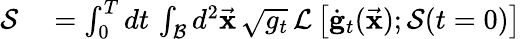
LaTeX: \begin{array}{rl}{\mathcal{S}}&{{}=\int_{0}^{T}dt\, \int_{\mathcal{B}}d^{2}\vec{\mathbf x}\, \sqrt{g_{t}}\, \mathcal{L}\left[\dot{\mathbf g}_{t}(\vec{\mathbf x});\mathcal{S}(t=0)\right]}\end{array}